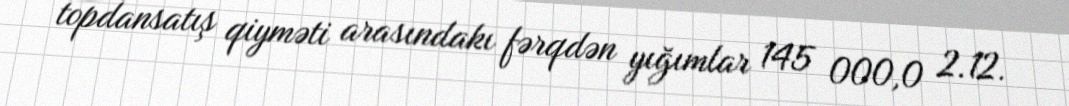
topdansatış qiyməti arasındakı fərqdən yığımlar 145 000,0 2.12.